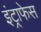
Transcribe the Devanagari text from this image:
इंट्राफेस